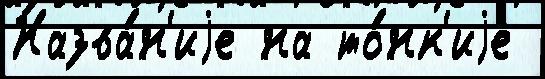
Назва́н'иjе на то́нк'иjе